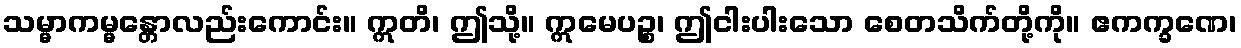
သမ္မာကမ္မန္တောလည်းကောင်း။ ဣတိ၊ ဤသို့။ ဣမေပဉ္စ၊ ဤငါးပါးသော စေတသိက်တို့ကို။ ဧကက္ခဏေ၊